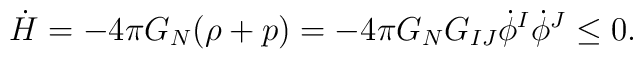
\dot{H} = - 4 \pi G_N (\rho+p)  =  -4 \pi G_N G_{IJ} \dot{\phi}^I \dot{\phi}^J \leq  0.